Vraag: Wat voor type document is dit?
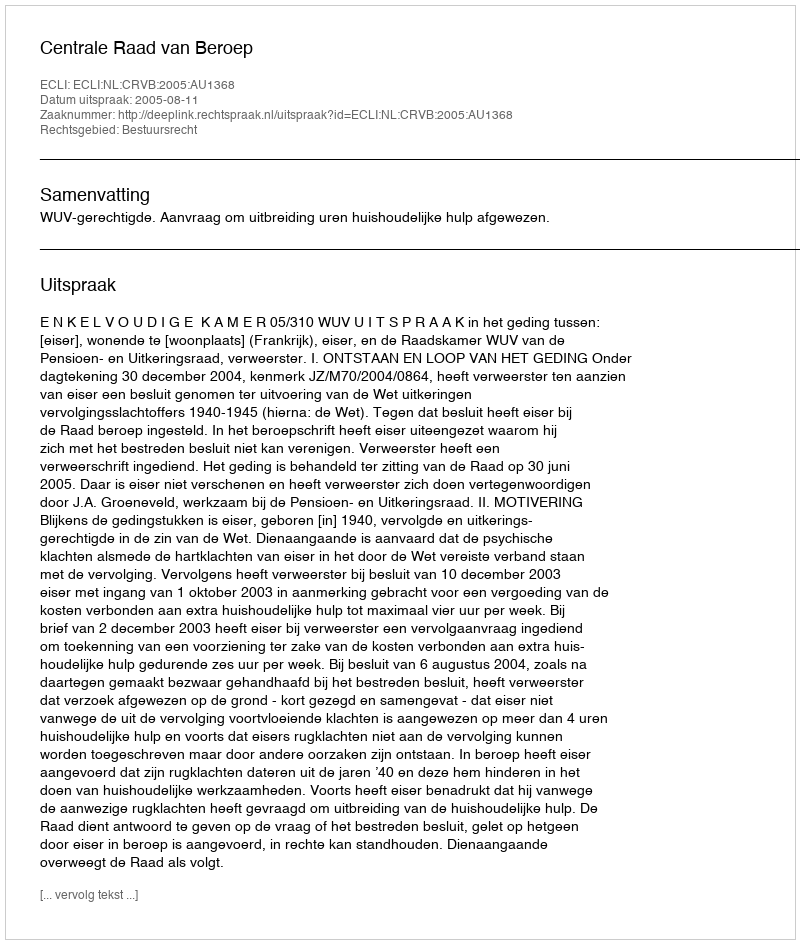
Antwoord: Uitspraak